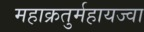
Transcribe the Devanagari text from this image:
महाक्रतुर्महायज्वा